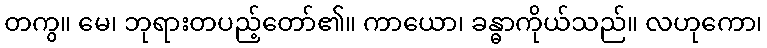
တကွ။ မေ၊ ဘုရားတပည့်တော်၏။ ကာယော၊ ခန္ဓာကိုယ်သည်။ လဟုကော၊